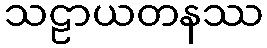
သဠာယတနဿ